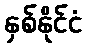
နှစ်နိုင်ငံ